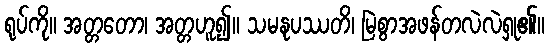
ရုပ်ကို။ အတ္တတော၊ အတ္တဟူ၍။ သမနုပဿတိ၊ မြဲစွာအဖန်တလဲလဲရှု၏။